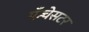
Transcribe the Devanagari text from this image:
मँन्चेसटर